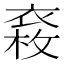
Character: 𧛉